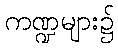
ကဏ္ဍများ၌